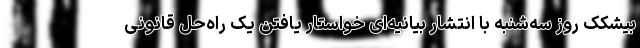
بیشکک روز سه‌شنبه با انتشار بیانیه‌ای خواستار یافتن یک راه‌حل قانونی